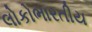
લોકોભારતીય